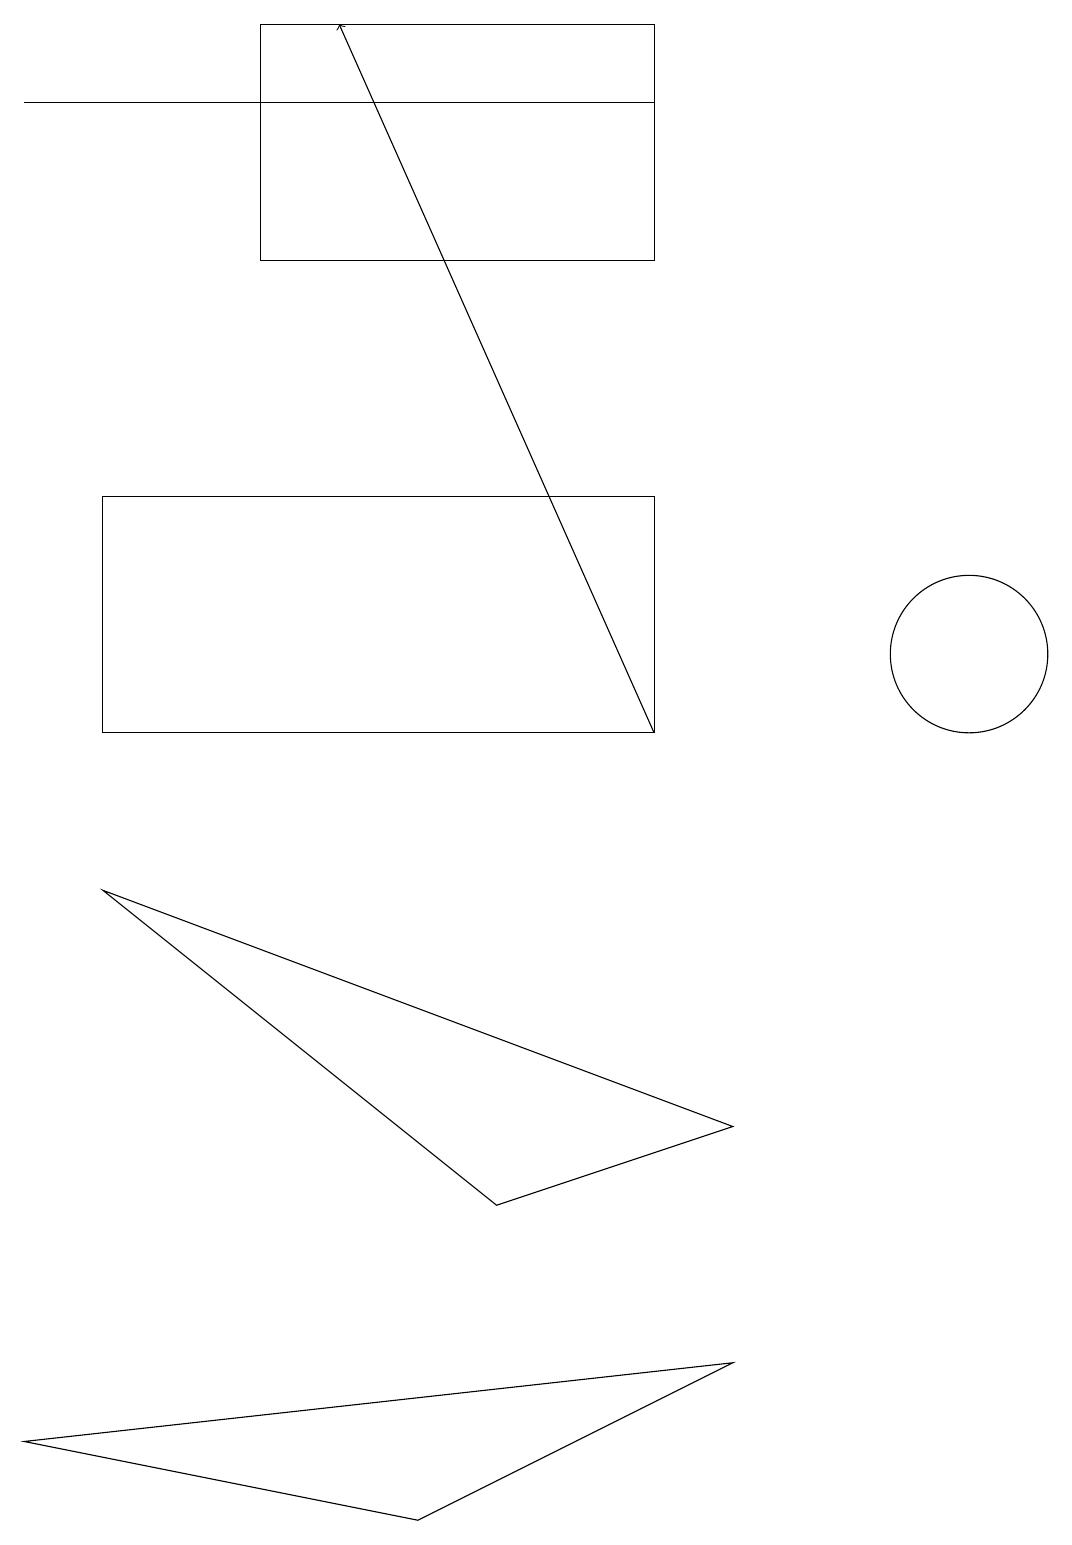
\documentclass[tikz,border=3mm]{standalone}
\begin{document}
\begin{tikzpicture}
\draw (5,0) -- (9,2) -- (0,1) -- cycle;
\draw[->] (8,10) -- (4,19);
\draw (6,4) -- (9,5) -- (1,8) -- cycle;
\draw (8,18) rectangle (0,18);
\draw (8,19) rectangle (3,16);
\draw (12,11) circle (1);
\draw (1,13) rectangle (8,10);
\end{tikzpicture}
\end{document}